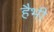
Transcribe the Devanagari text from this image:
हैभी